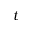
t